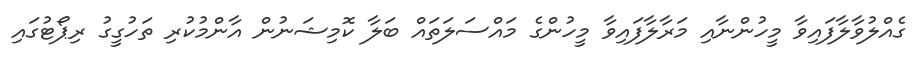
ގެއްލުވާލާފައިވާ މީހުންނާއި މަރާލާފައިވާ މީހުންގެ މައްސަލަތައް ބަލާ ކޮމިޝަނުން އާންމުކުރި ތަހުގީގު ރިޕޯޓުގައި